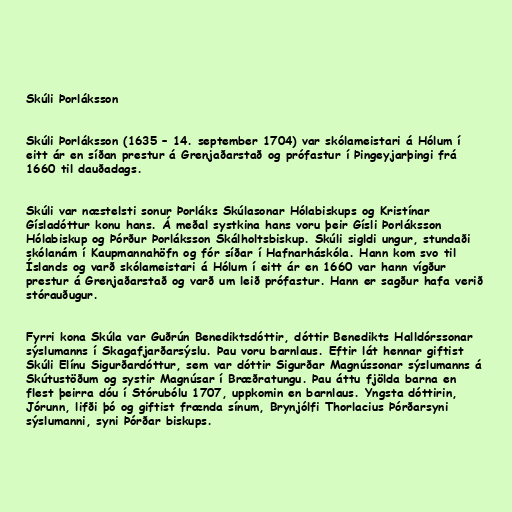
Skúli Þorláksson

Skúli Þorláksson (1635 – 14. september 1704) var skólameistari á Hólum í
eitt ár en síðan prestur á Grenjaðarstað og prófastur í Þingeyjarþingi frá
1660 til dauðadags.

Skúli var næstelsti sonur Þorláks Skúlasonar Hólabiskups og Kristínar
Gísladóttur konu hans. Á meðal systkina hans voru þeir Gísli Þorláksson
Hólabiskup og Þórður Þorláksson Skálholtsbiskup. Skúli sigldi ungur, stundaði
skólanám í Kaupmannahöfn og fór síðar í Hafnarháskóla. Hann kom svo til
Íslands og varð skólameistari á Hólum í eitt ár en 1660 var hann vígður
prestur á Grenjaðarstað og varð um leið prófastur. Hann er sagður hafa verið
stórauðugur.

Fyrri kona Skúla var Guðrún Benediktsdóttir, dóttir Benedikts Halldórssonar
sýslumanns í Skagafjarðarsýslu. Þau voru barnlaus. Eftir lát hennar giftist
Skúli Elínu Sigurðardóttur, sem var dóttir Sigurðar Magnússonar sýslumanns á
Skútustöðum og systir Magnúsar í Bræðratungu. Þau áttu fjölda barna en
flest þeirra dóu í Stórubólu 1707, uppkomin en barnlaus. Yngsta dóttirin,
Jórunn, lifði þó og giftist frænda sínum, Brynjólfi Thorlacius Þórðarsyni
sýslumanni, syni Þórðar biskups.